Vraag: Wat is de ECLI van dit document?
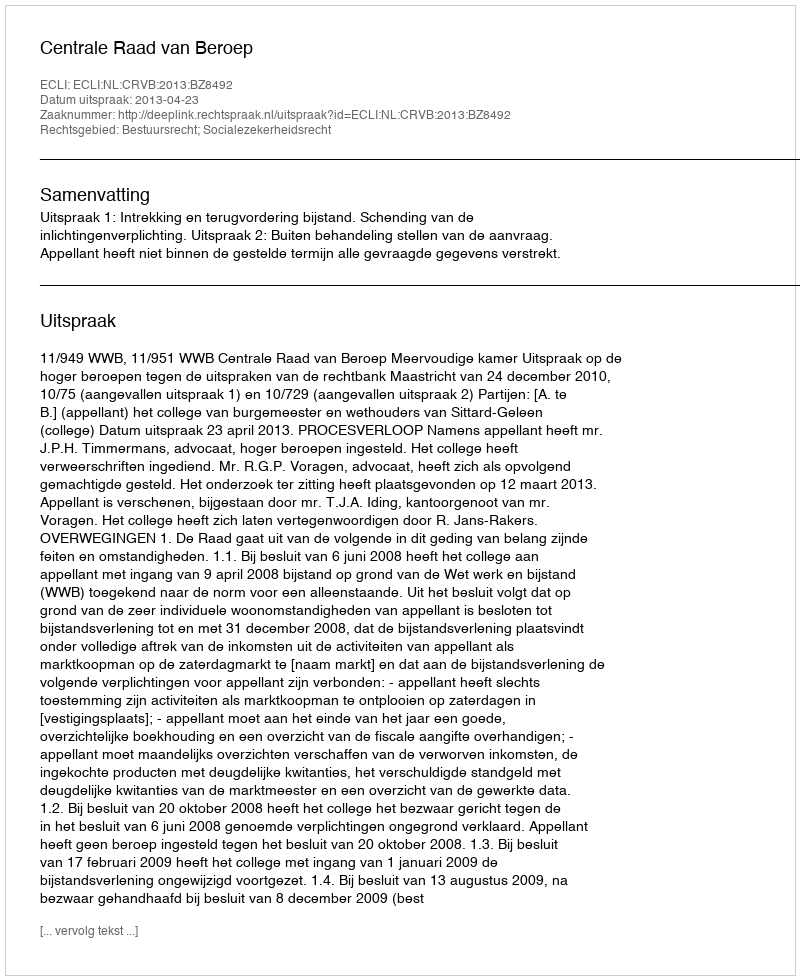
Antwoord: ECLI:NL:CRVB:2013:BZ8492